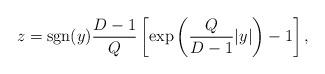
LaTeX: \begin{align*}z={\rm sgn}(y){{D-1}\over Q}\left[\exp\left({Q\over{D-1}}|y|\right)-1\right],\end{align*}